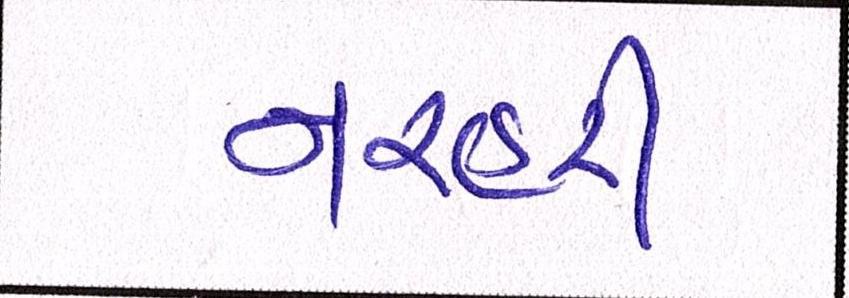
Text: નરહરી